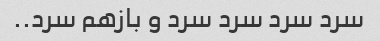
سرد سرد سرد سرد و بازهم سرد..